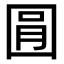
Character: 㘣